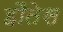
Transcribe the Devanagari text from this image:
हौतेस